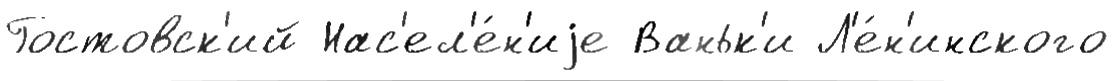
Гостовск'ий Нас'ел'е́н'иjе Ваньк'и Л'е́н'инского